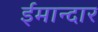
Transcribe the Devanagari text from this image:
ईमान्दार